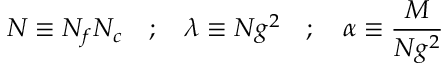
N \equiv N _ { f } N _ { c } \quad ; \quad \lambda \equiv N g ^ { 2 } \quad ; \quad \alpha \equiv { \frac { M } { N g ^ { 2 } } }